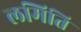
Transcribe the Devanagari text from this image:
लमिति